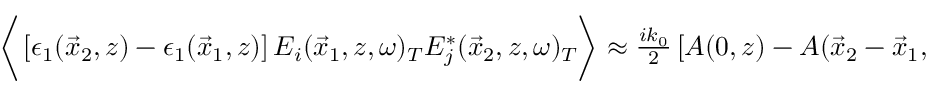
\begin{array} { r } { \bigg \langle \left[ \epsilon _ { 1 } ( \vec { x } _ { 2 } , z ) - \epsilon _ { 1 } ( \vec { x } _ { 1 } , z ) \right] E _ { i } ( \vec { x } _ { 1 } , z , \omega ) _ { T } E _ { j } ^ { * } ( \vec { x } _ { 2 } , z , \omega ) _ { T } \bigg \rangle \approx \frac { i k _ { 0 } } { 2 } \left[ A ( 0 , z ) - A ( \vec { x } _ { 2 } - \vec { x } _ { 1 } , z ) \right] W _ { i j } ( \vec { x } _ { 1 } , \vec { x } _ { 2 } , z , \omega ) } \end{array}